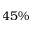
4 5 \%